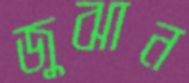
জুঝান